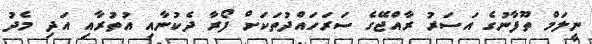
ނީލަމް ތޫފާނުގެ އަސަރު ރާއްޖޭގެ ސަރަހައްދުތަކަށް ފޯރާ ދެކުނާއި އުތުރާއި އަދި މެދު